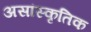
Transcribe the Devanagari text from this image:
असांस्कृतिक